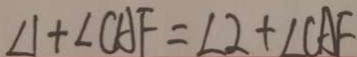
\angle 1 + \angle C A F = \angle 2 + \angle C A F